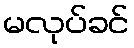
မလုပ်ခင်